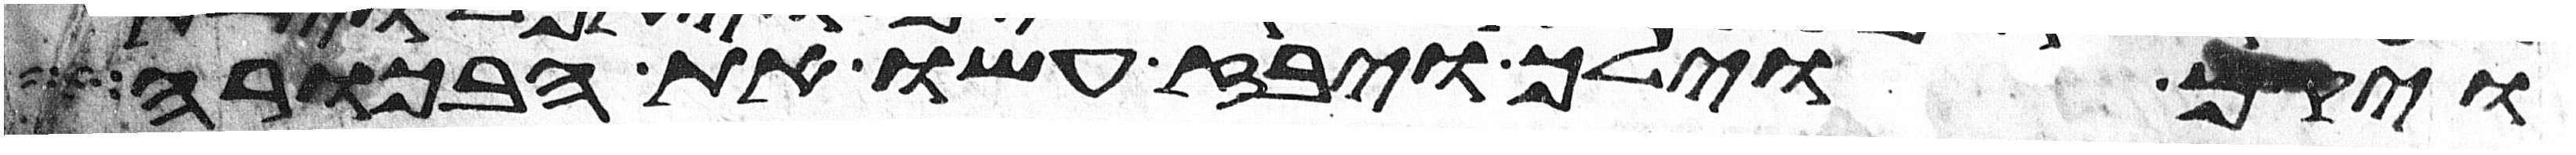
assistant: ויקם וילך ויבז עשו את הבכורה